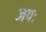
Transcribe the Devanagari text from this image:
जपः